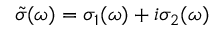
\tilde { \sigma } ( \omega ) = \sigma _ { 1 } ( \omega ) + i \sigma _ { 2 } ( \omega )